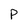
Character: p